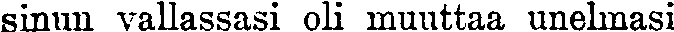
sinun vallassasi oli muuttaa unelmasi